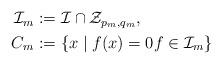
LaTeX: \begin{align*}\begin{aligned}\mathcal{I}_m &:= \mathcal{I} \cap \mathcal{Z}_{p_m,q_m}, \\C_m &:= \{x \mid f(x) = 0 f \in \mathcal{I}_m \}\end{aligned}\end{align*}